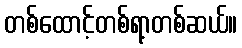
တစ်ထောင့်တစ်ရာ့တစ်ဆယ်။